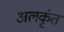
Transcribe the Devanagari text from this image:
अलकृंत